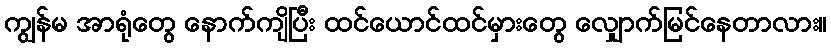
ကျွန်မ အာရုံတွေ နောက်ကျိပြီး ထင်ယောင်ထင်မှားတွေ လျှောက်မြင်နေတာလား။